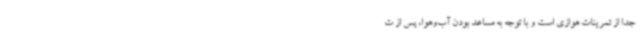
جدا از تمرینات هوازی است و با توجه به مساعد بودن آب‌وهوا، پس از ت